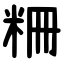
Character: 粣